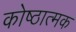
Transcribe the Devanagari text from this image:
कोष्ठात्मक